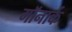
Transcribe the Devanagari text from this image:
मॉनार्क